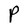
Character: P